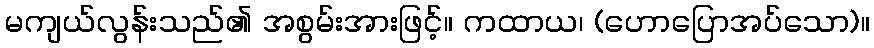
မကျယ်လွန်းသည်၏ အစွမ်းအားဖြင့်။ ကထာယ၊ (ဟောပြောအပ်သော)။